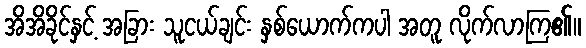
အိအိခိုင်နှင့် အခြား သူငယ်ချင်း နှစ်ယောက်ကပါ အတူ လိုက်လာကြ၏။